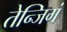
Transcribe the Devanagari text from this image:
तेन्जिगं